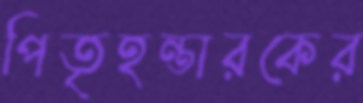
পিতৃহন্তারকের